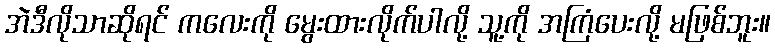
အဲဒီလိုသာဆိုရင် ကလေးကို မွေးထားလိုက်ပါလို့ သူ့ကို အကြံပေးလို့ မဖြစ်ဘူး။